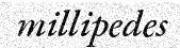
millipedes